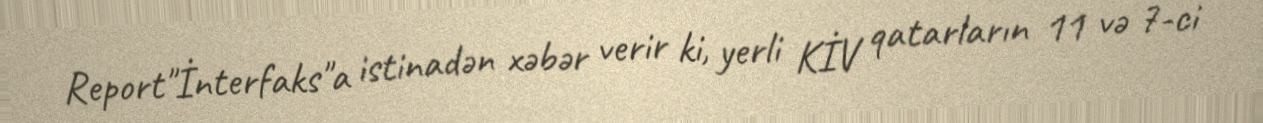
Report"İnterfaks"a istinadən xəbər verir ki, yerli KİV qatarların 11 və 7-ci